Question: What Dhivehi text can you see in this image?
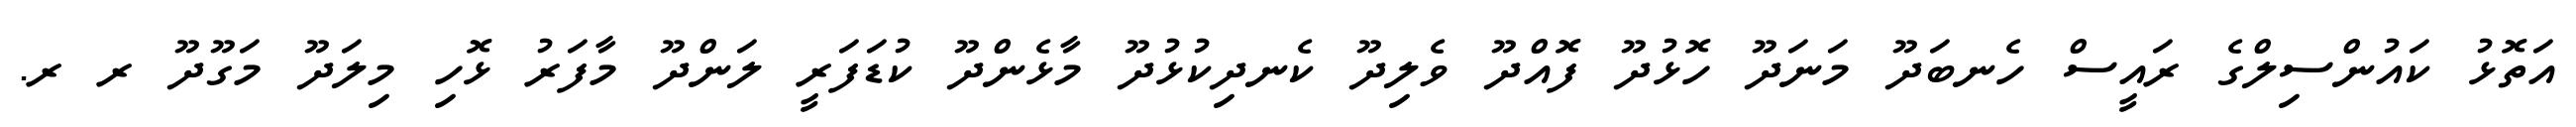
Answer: އަތޮޅު ކައުންސިލްގެ ރައީސް ހެނބަދޫ މަނަދޫ ހޮޅުދޫ ފޮއްދޫ ވެލިދޫ ކެނދިކުޅުދޫ މާޅެންދޫ ކުޑަފަރީ ލަންދޫ މާފަރު ޅޮހި މިލަދޫ މަގޫދޫ ރ ރ.